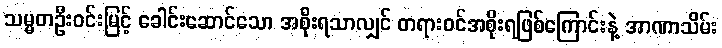
သမ္မတဦးဝင်းမြင့် ခေါင်းဆောင်သော အစိုးရသာလျှင် တရားဝင်အစိုးရဖြစ်ကြောင်းနဲ့ အာဏာသိမ်း